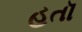
હતૉ